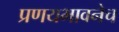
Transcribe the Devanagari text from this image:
प्रणयभावनेच